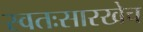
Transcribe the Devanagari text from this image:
स्वतःसारखेच